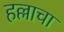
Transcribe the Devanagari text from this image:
हल्लाचा